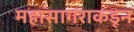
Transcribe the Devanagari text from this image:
महासागराकडून